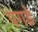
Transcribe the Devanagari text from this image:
पगडे